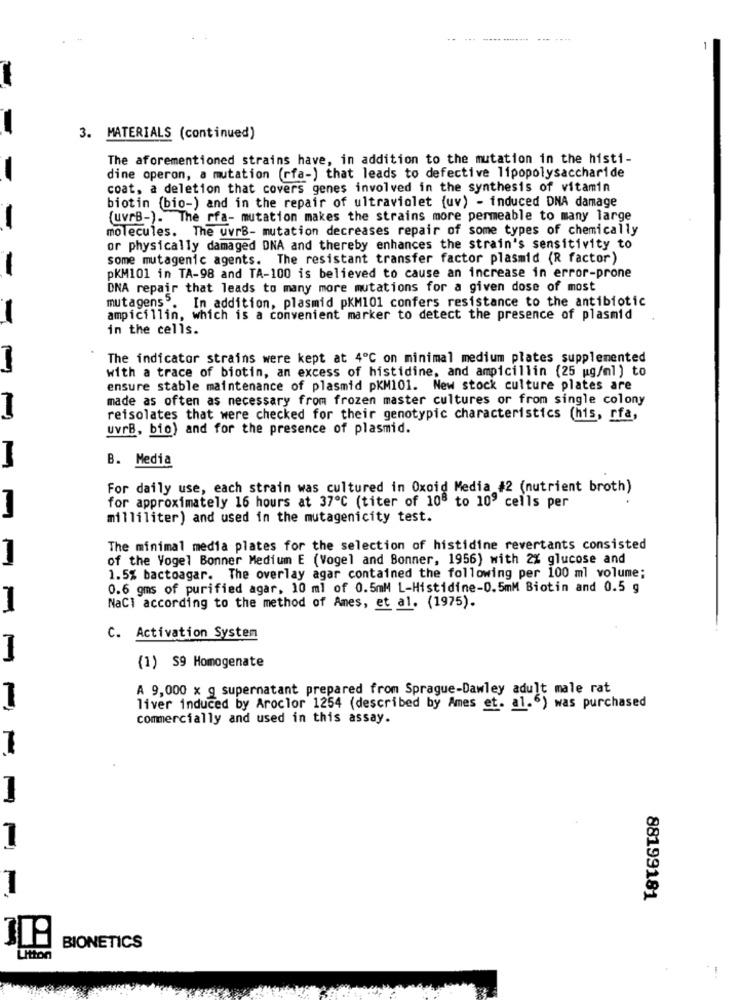
3. MATERIALS (continued)
The aforementioned strains have, in addition to the mutation in the histi-
dine operon, a mutation (rfa-) that leads to defective lipopolysaccharide
coat, a deletion that covers genes involved in the synthesis of vitamin
biotin (bio-) and in the repair of ultraviolet (uv) - induced DNA damage
-
(uvrB-). The rfa- mutation makes the strains more permeable to many large
molecules. The uvrB- mutation decreases repair of some types of chemically
or physically damaged DNA and thereby enhances the strain's sensitivity to
some mutagenic agents. The resistant transfer factor plasmid (R factor)
-
pKM101 in TA-98 and TA-100 is believed to cause an increase in error-prone
DNA repair that leads to many more mutations for a given dose of most
In addition, plasmid pKM101 confers resistance to the antibiotic
mutagens.
-
ampicillin, which is a convenient marker to detect the presence of plasmid
in the cells.
The indicator strains were kept at 4℃ on minimal medium plates supplemented
with a trace of biotin, an excess of histidine, and ampicillin (25 mg/ml ) to
ensure stable maintenance of plasmid pKM101. New stock culture plates are
made as often as necessary from frozen master cultures or from single colony
reisolates that were checked for their genotypic characteristics (his, rfa,
uvrB, bio) and for the presence of plasmid.
B. Media
For daily use, each strain was cultured in Oxoid Media #2 (nutrient broth)
for approximately 16 hours at 37℃ (titer of 108 to 109 cells per
milliliter) and used in the mutagenicity test.
The minimal media plates for the selection of histidine revertants consisted
of the Vogel Bonner Medium E (Vogel and Bonner, 1956) with 2% glucose and
1.5% bactoagar. The overlay agar contained the following per 100 ml volume;
0.6 gms of purified agar, 10 ml of 0.5mM L-Histidine-0.5mM Biotin and 0.5 g
1
NaCl according to the method of Ames, et al. (1975).
C. Activation System
(1) S9 Homogenate
A 9,000 x g supernatant prepared from Sprague-Dawley adult male rat
liver induced by Aroclor 1254 (described by Ames et. al.6) was purchased
commercially and used in this assay.
88199181
BIONETICS
Utton
--